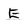
Character: E